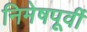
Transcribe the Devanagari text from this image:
निमेषपूर्वी